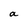
Character: a